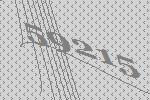
59215